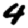
Digit: 4